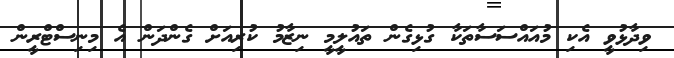
ވިދާޅުވީ އެކި މުއައްސަސާތަކާ ގުޅިގެން ތައުލީމީ ނިޒާމު ކުރިއަށް ގެންދަން އެ މިނިސްޓްރީން